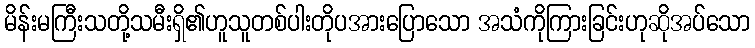
မိန်းမကြီးသတို့သမီးရှိ၏ဟူသူတစ်ပါးတိုပအားပြောသော အသံကိုကြားခြင်းဟုဆိုအပ်သော